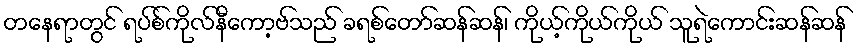
တနေရာတွင် ရပ်စ်ကိုလ်နီကော့ဗ်သည် ခရစ်တော်ဆန်ဆန်၊ ကိုယ့်ကိုယ်ကိုယ် သူရဲကောင်းဆန်ဆန်